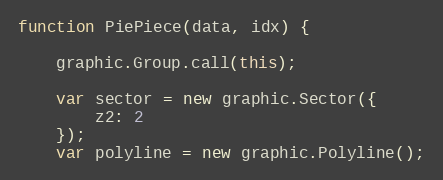
Language: JavaScript
function PiePiece(data, idx) {

    graphic.Group.call(this);

    var sector = new graphic.Sector({
        z2: 2
    });
    var polyline = new graphic.Polyline();